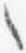
々